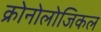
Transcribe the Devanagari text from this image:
क्रोनोलोजिकल